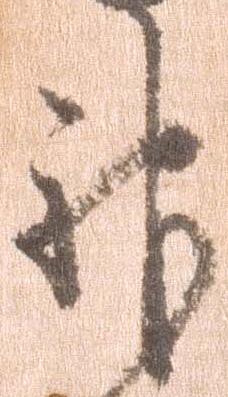
神